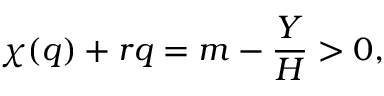
\chi ( q ) + r q = m - \frac { Y } { H } > 0 ,